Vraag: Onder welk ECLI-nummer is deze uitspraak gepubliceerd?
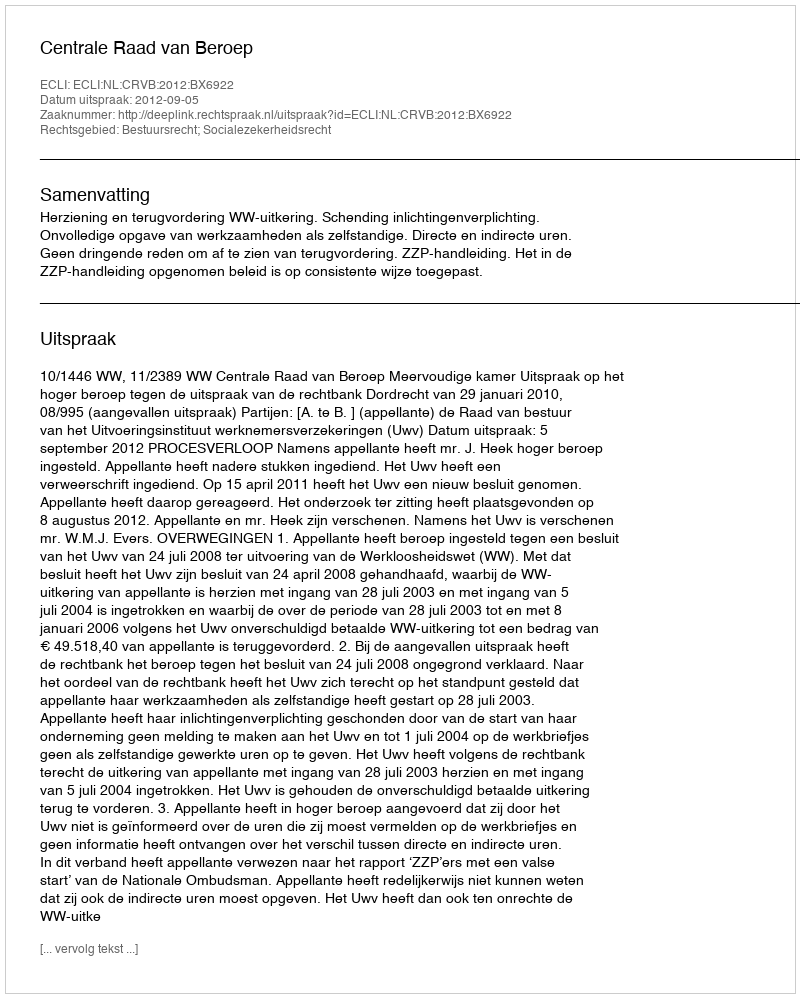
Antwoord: ECLI:NL:CRVB:2012:BX6922